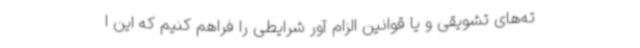
ته‌های تشویقی و یا قوانین الزام آور شرایطی را فراهم کنیم که این ا